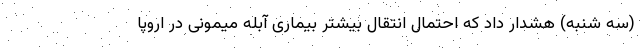
(سه شنبه) هشدار داد که احتمال انتقال بیشتر بیماری آبله میمونی در اروپا